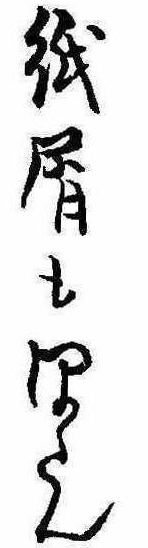
紙屑もほたん